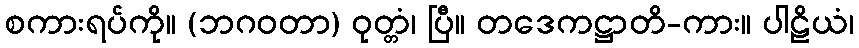
စကားရပ်ကို။ (ဘဂဝတာ) ဝုတ္တံ၊ ပြီ။ တဒေကဋ္ဌာတိ-ကား။ ပါဠိယံ၊